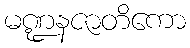
မဏ္ဍနဇာတိကော